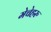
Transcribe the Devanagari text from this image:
मेचेहरु